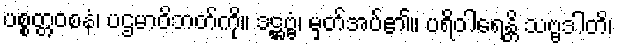
ပစ္စတ္တဝစနံ၊ ပဌမာဝိဘတ်ကို။ ဒဋ္ဌဗ္ဗံ၊ မှတ်အပ်၏။ ပရိဝါရေန္တိ သဗ္ဗဒါတိ၊